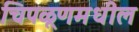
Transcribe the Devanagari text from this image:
चिपळूणमधील